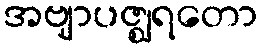
အဗျာပဇ္ဈရတော